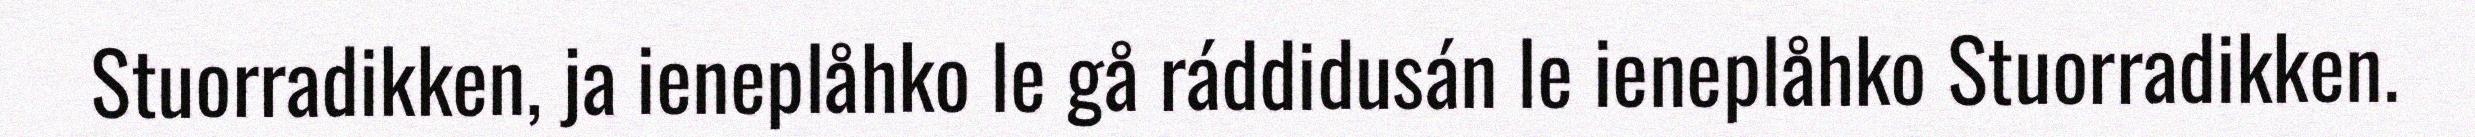
Stuorradikken, ja ieneplåhko le gå ráddidusán le ieneplåhko Stuorradikken.